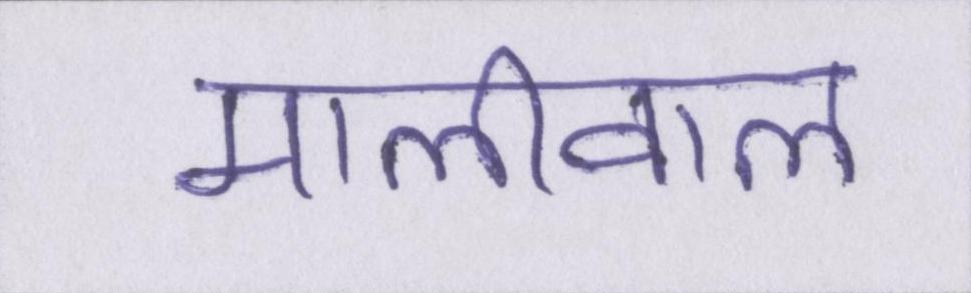
मालीवाल